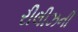
રીલીઝની